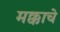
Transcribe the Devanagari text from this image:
मक्काचे